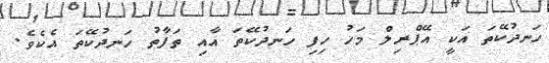
ހަނދުކޭތަ އަކީ އޭޕްރިލް މަހު ހިފި ހަނދުކޭތަ އާއި ތަފާތު ހަނދުކޭތަ އެކެވެ.